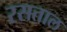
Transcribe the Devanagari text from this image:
रसताल